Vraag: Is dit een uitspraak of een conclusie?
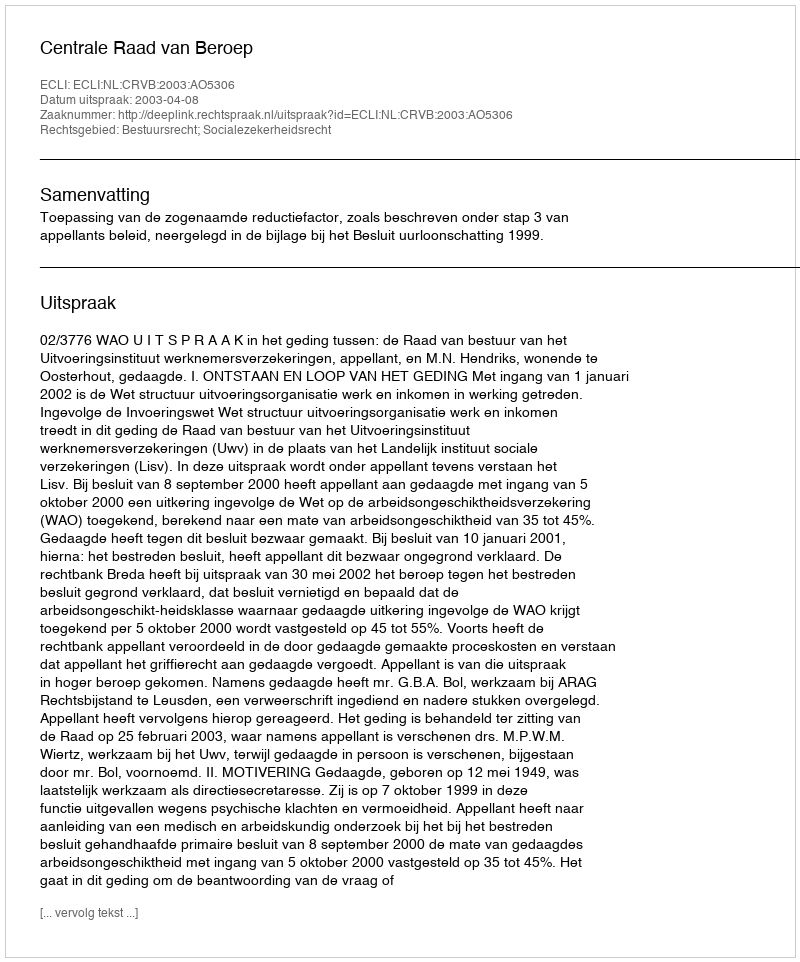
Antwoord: Uitspraak